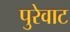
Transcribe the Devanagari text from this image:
पुरेवाट